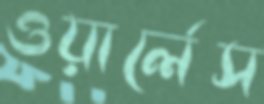
ওয়ার্লেস